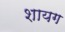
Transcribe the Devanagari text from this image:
शायग